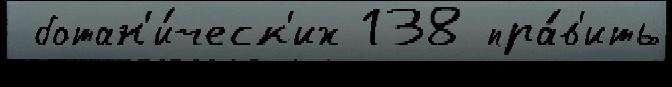
 ботан'и́ческ'их 138 пра́в'ить